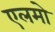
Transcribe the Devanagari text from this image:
एलमो